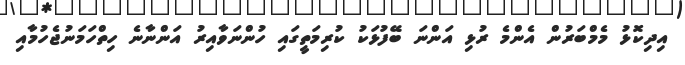
އިދިކޮޅު މެމްބަރުން އެންމެ ރުޅި އަންނަ ބޭފުޅަކު ކުރިމަތީގައި ހުންނަވާއިރު އަންނާނެ ހިތްހަމަނުޖެހުމާއި